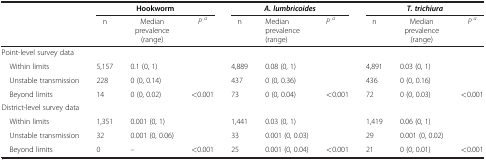
<table><thead><tr><td><b> </b></td><td colspan="3"><b>Hookworm</b></td><td colspan="3"><b><i>A. lumbricoides</i></b></td><td colspan="3"><b><i>T. trichiura</i></b></td></tr></thead><tbody><tr><td> </td><td>n</td><td>Median prevalence (range)</td><td><i>P</i><sup><i>a</i></sup></td><td>n</td><td>Median prevalence (range)</td><td><i>P</i><sup><i>a</i></sup></td><td>n</td><td>Median prevalence (range)</td><td><i>P</i><sup><i>a</i></sup></td></tr><tr><td colspan="10">Point-level survey data</td></tr><tr><td> Within limits</td><td>5,157</td><td>0.1 (0, 1)</td><td> </td><td>4,889</td><td>0.08 (0, 1)</td><td> </td><td>4,891</td><td>0.03 (0, 1)</td><td> </td></tr><tr><td> Unstable transmission</td><td>228</td><td>0 (0, 0.14)</td><td> </td><td>437</td><td>0 (0, 0.36)</td><td> </td><td>436</td><td>0 (0, 0.16)</td><td> </td></tr><tr><td> Beyond limits</td><td>14</td><td>0 (0, 0.02)</td><td>&lt;0.001</td><td>73</td><td>0 (0, 0.04)</td><td>&lt;0.001</td><td>72</td><td>0 (0, 0.03)</td><td>&lt;0.001</td></tr><tr><td colspan="10">District-level survey data</td></tr><tr><td> Within limits</td><td>1,351</td><td>0.001 (0, 1)</td><td> </td><td>1,441</td><td>0.03 (0, 1)</td><td> </td><td>1,419</td><td>0.06 (0, 1)</td><td> </td></tr><tr><td> Unstable transmission</td><td>32</td><td>0.001 (0, 0.06)</td><td> </td><td>33</td><td>0.001 (0, 0.03)</td><td> </td><td>29</td><td>0.001 (0, 0.02)</td><td> </td></tr><tr><td> Beyond limits</td><td>0</td><td>–</td><td>&lt;0.001</td><td>25</td><td>0.001 (0, 0.04)</td><td>&lt;0.001</td><td>21</td><td>0 (0, 0.01)</td><td>&lt;0.001</td></tr></tbody></table>